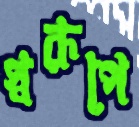
স্বরূপে